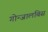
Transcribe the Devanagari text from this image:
गोन्जालबिस